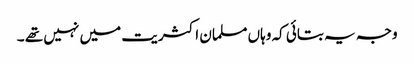
وجہ یہ بتائی کہ وہاں مسلمان اکثریت میں نہیں تھے ۔